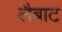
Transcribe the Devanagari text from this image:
लैबाट